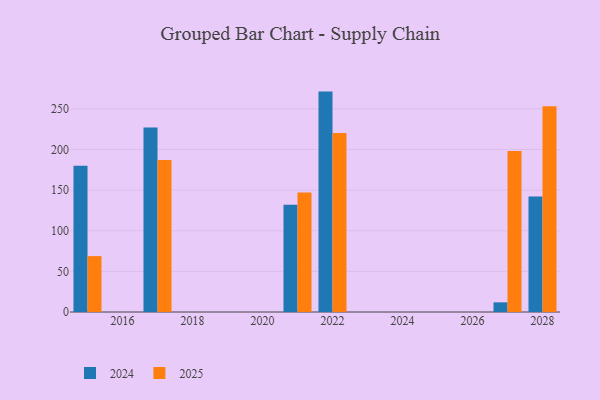
{"axis": {"x": "Year", "y": "Customer Acquisition Cost (USD)"}, "legend": ["2024", "2025"], "data": [{"x": "2027", "y": 198.2, "type": "2025"}, {"x": "2027", "y": 11.9, "type": "2024"}, {"x": "2021", "y": 147.2, "type": "2025"}, {"x": "2021", "y": 132.1, "type": "2024"}, {"x": "2028", "y": 253.3, "type": "2025"}, {"x": "2028", "y": 142.1, "type": "2024"}, {"x": "2017", "y": 187.1, "type": "2025"}, {"x": "2017", "y": 227.2, "type": "2024"}, {"x": "2015", "y": 68.8, "type": "2025"}, {"x": "2015", "y": 179.9, "type": "2024"}, {"x": "2022", "y": 220.2, "type": "2025"}, {"x": "2022", "y": 271.3, "type": "2024"}]}